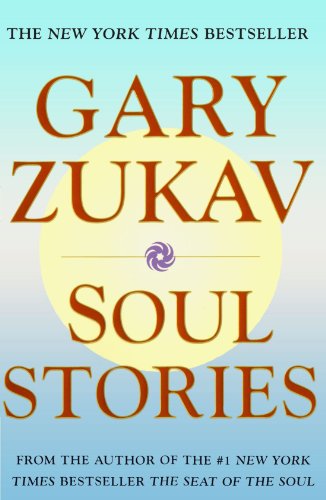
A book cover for Soul Stories; Gary Zukav; Religion & Spirituality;